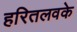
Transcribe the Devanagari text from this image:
हरितलवके